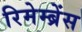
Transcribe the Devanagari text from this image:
रिमेम्ब्रेंस